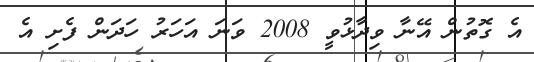
އެ ގޮތުން އޭނާ ވިިދާޅުވީ 2008 ވަނަ އަހަރު ހަދަން ފެށި އެ